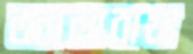
অ্যালাবামা